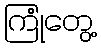
ကြုံတွေ့